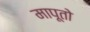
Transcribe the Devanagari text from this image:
मापूतो